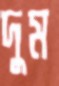
দুম